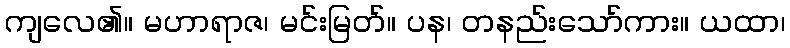
ကျလေ၏။ မဟာရာဇ၊ မင်းမြတ်။ ပန၊ တနည်းသော်ကား။ ယထာ၊